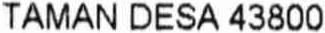
TAMAN DESA 43800